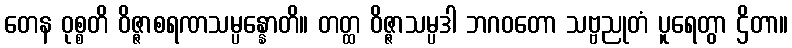
တေန ဝုစ္စတိ ဝိဇ္ဇာစရဏသမ္ပန္နောတိ။ တတ္ထ ဝိဇ္ဇာသမ္ပဒါ ဘဂဝတော သဗ္ဗညုတံ ပူရေတွာ ဌိတာ။